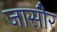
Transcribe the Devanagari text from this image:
जासौर